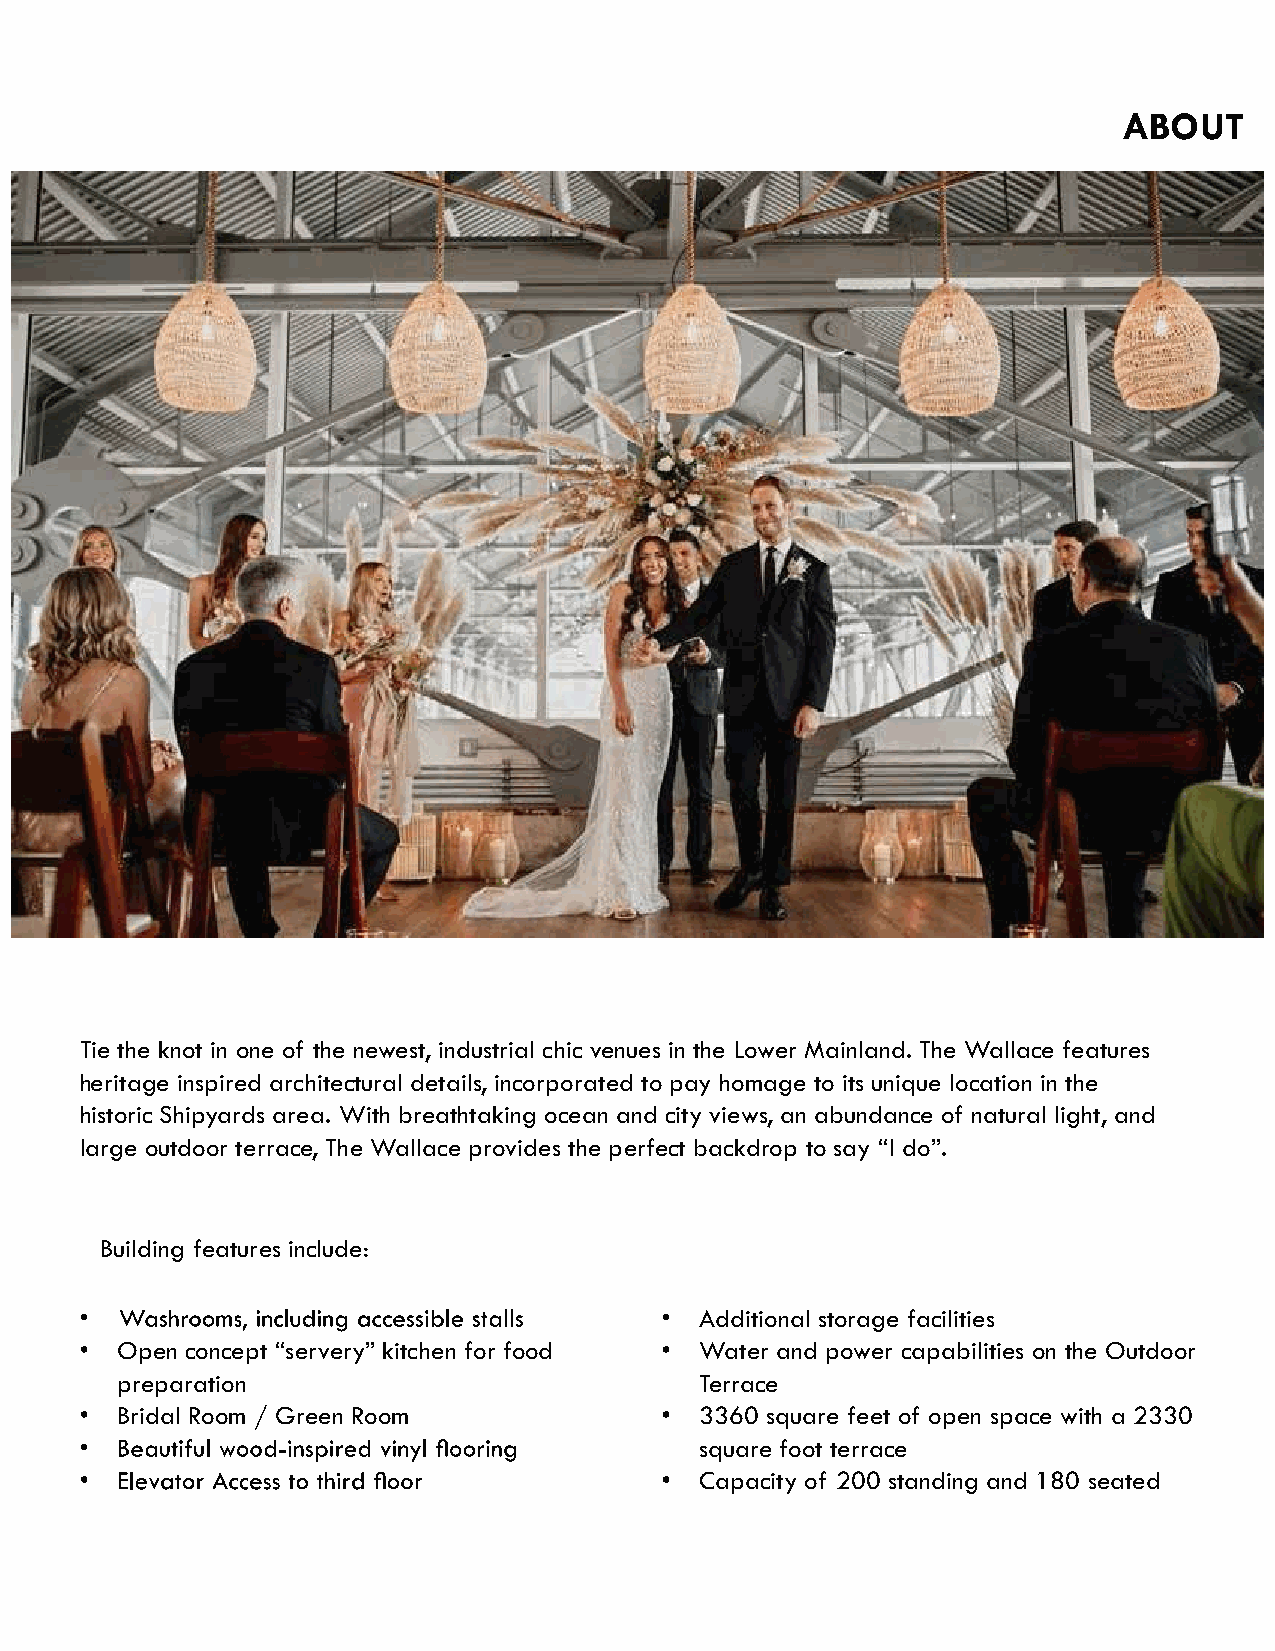
ABOUT
 Tie the knot in one of the newest, industrial chic venues in the Lower Mainland. The Wallace features
 heritage inspired architectural details, incorporated to pay homage to its unique location in the
 historic Shipyards area. With breathtaking ocean and city views, an abundance of natural light, and
 large outdoor terrace, The Wallace provides the perfect backdrop to say “I do”.
 Building features include:
 Additional storage facilities
 Open concept “servery” kitchen for food Water and power capabilities on the Outdoor
 preparation                           Terrace
 Bridal Room / Green Room              3360 square feet of open space with a 2330
 square foot terrace
 Capacity of 200 standing and 180 seated